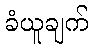
ခံယူချက်